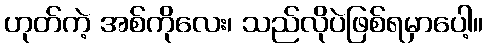
ဟုတ်ကဲ့ အစ်ကိုလေး၊ သည်လိုပဲဖြစ်ရမှာပေါ့။